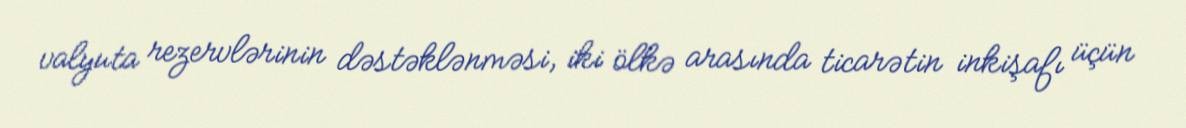
valyuta rezervlərinin dəstəklənməsi, iki ölkə arasında ticarətin inkişafı üçün